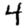
Digit: 4